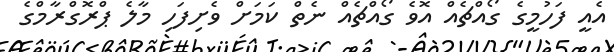
އެއީ ފަހުމީގެ ގޯއްޗެއް އޮވެ ގޯއްޗެއް ނެތް ކަމަށް ވެށިފަހި މާލެ ޕްރޮގްރާމްގެ